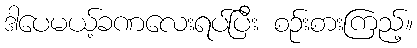
ဒါပေမယ့်ခဏလေးရပ်ပြီး စဉ်းစားကြည့်။